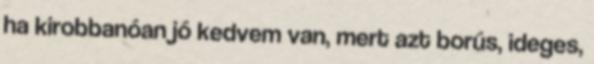
ha kirobbanóan jó kedvem van, mert azt borús, ideges,